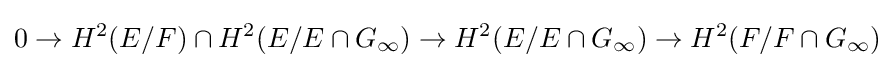
0\rightarrow H^{2}(E/F)\cap H^{2}(E/E\cap G_{\infty })\rightarrow H^{2}(E/E\cap G_{\infty })\rightarrow H^{2}(F/F\cap G_{\infty })